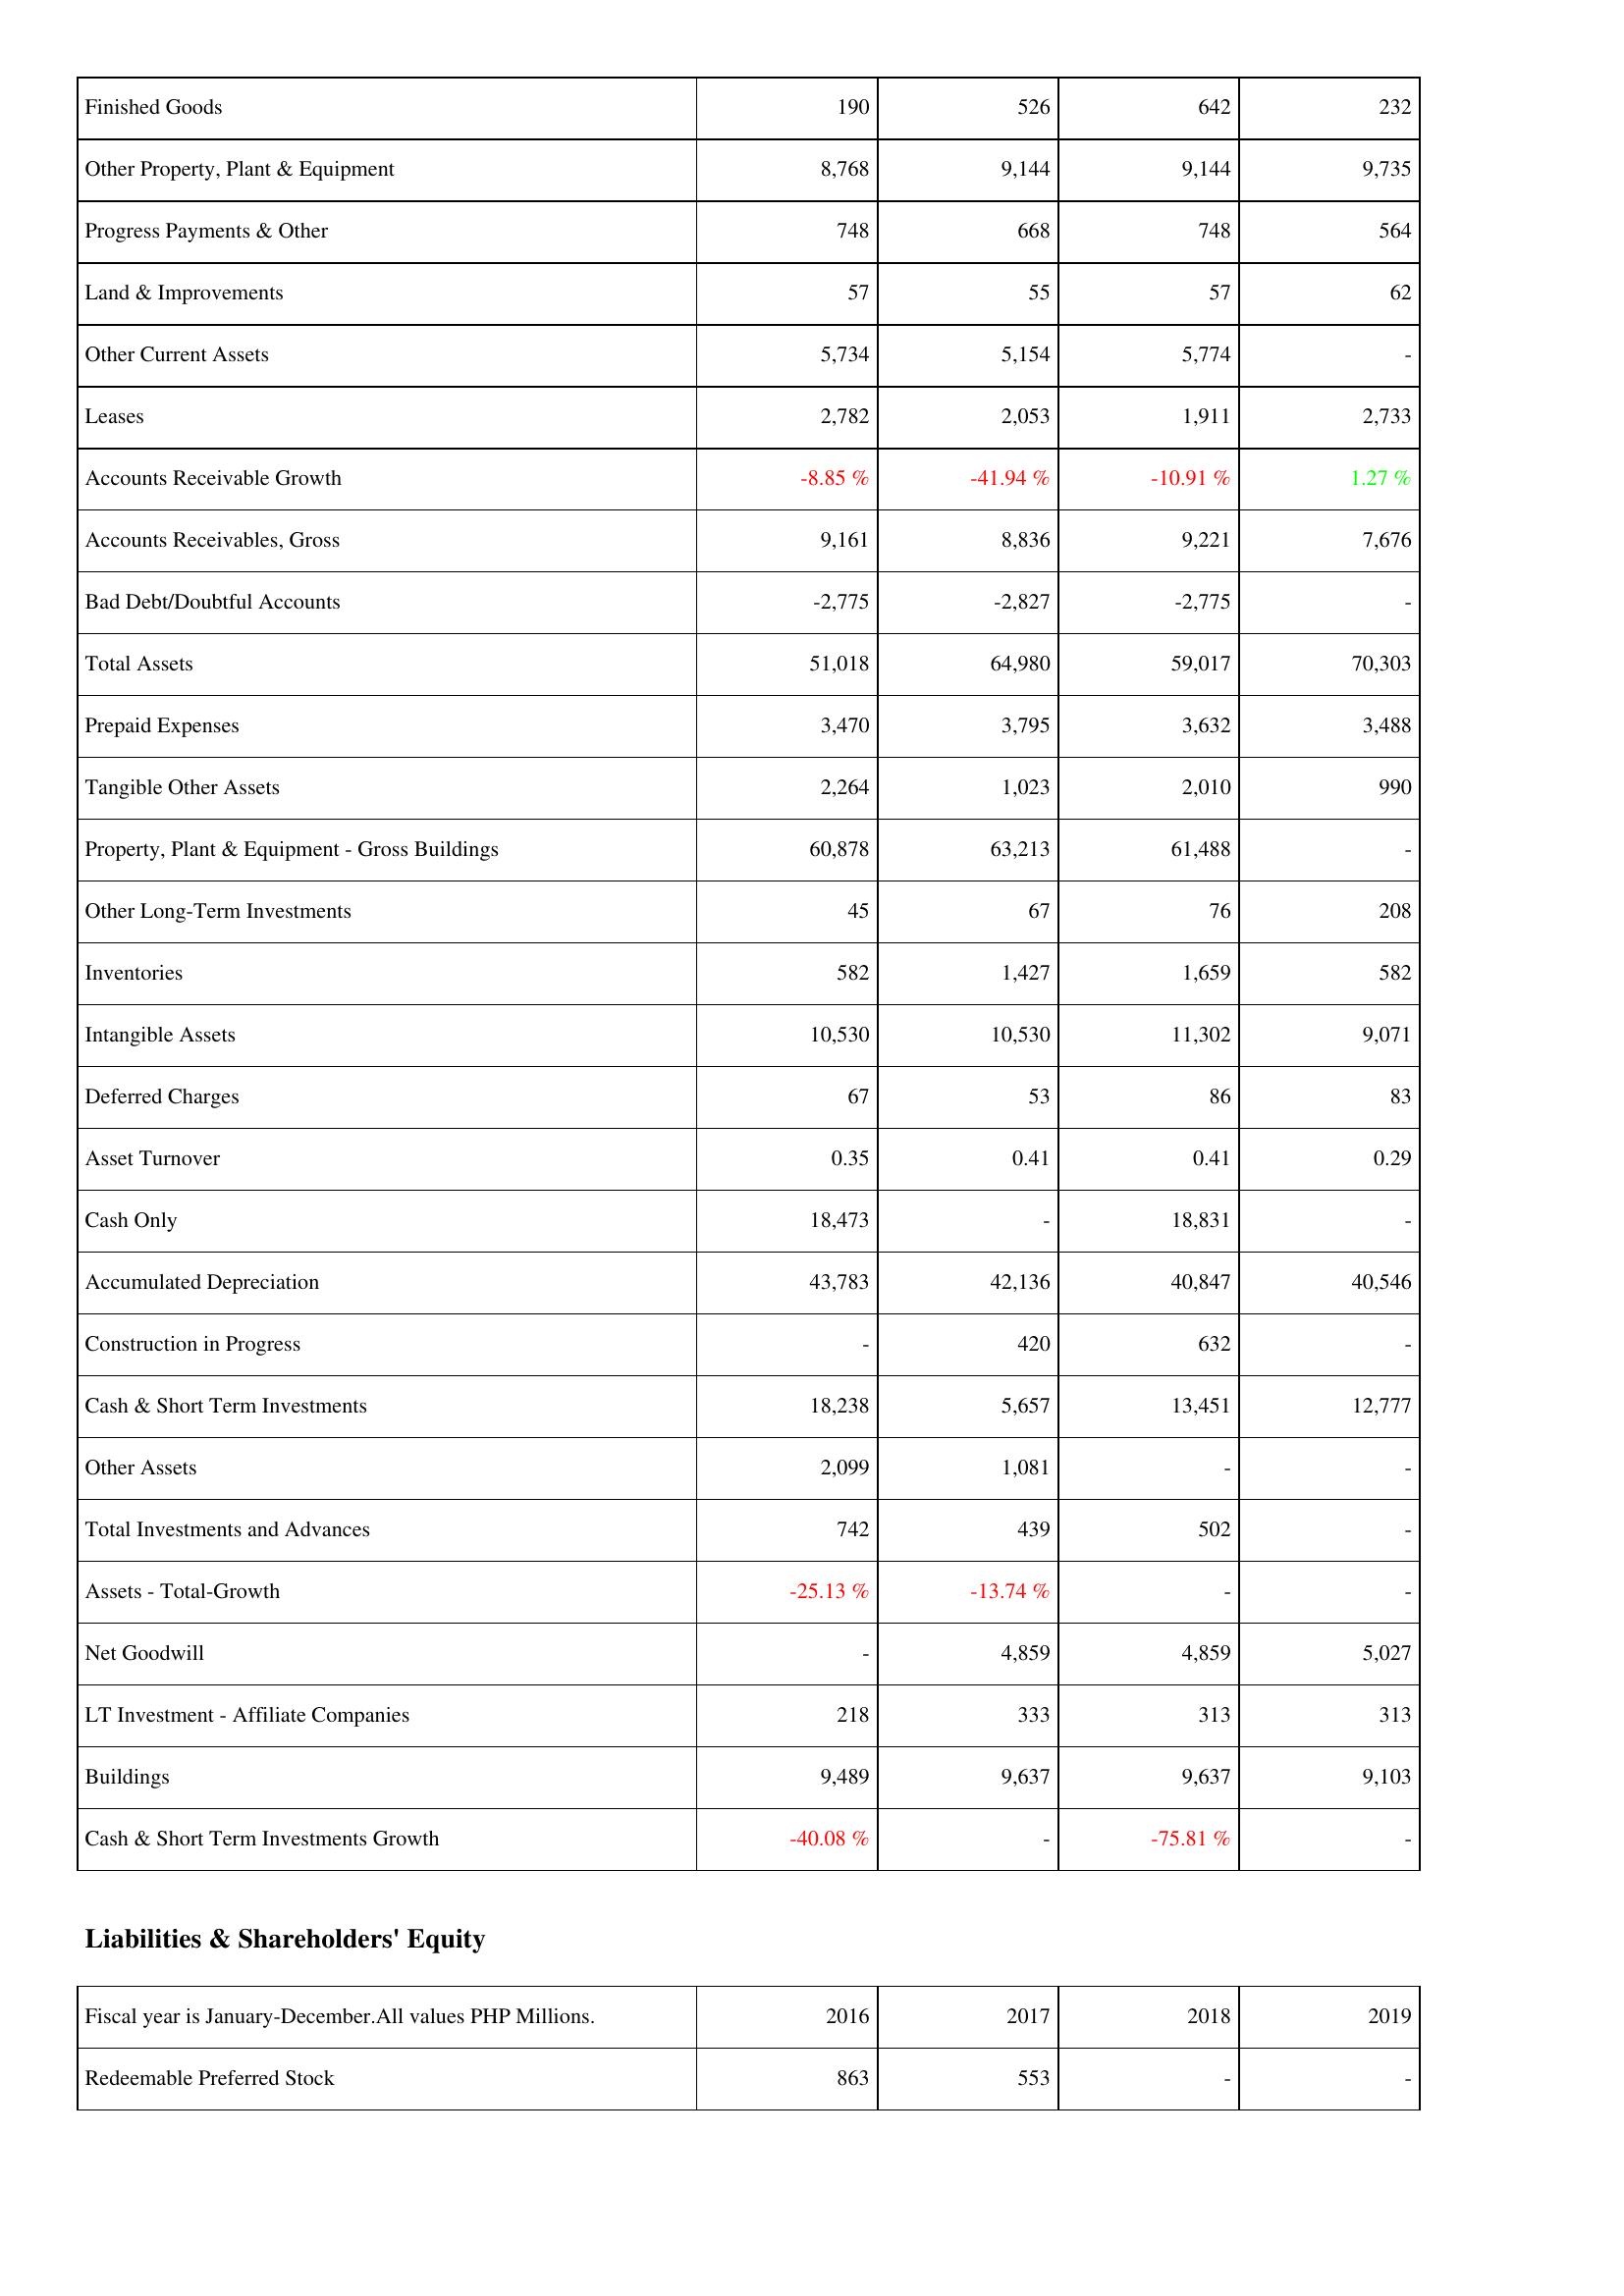
2016: Assets: Finished Goods: 190
Other Property, Plant & Equipment: 8,768
Progress Payments & Other: 748
Land & Improvements: 57
Other Current Assets: 5,734
Leases: 2,782
Accounts Receivable Growth: -8.85 %
Accounts Receivables, Gross: 9,161
Bad Debt/Doubtful Accounts: -2,775
Total Assets: 51,018
Prepaid Expenses: 3,470
Tangible Other Assets: 2,264
Property, Plant & Equipment - Gross Buildings: 60,878
Other Long-Term Investments: 45
Inventories: 582
Intangible Assets: 10,530
Deferred Charges: 67
Asset Turnover: 0.35
Cash Only: 18,473
Accumulated Depreciation: 43,783
Construction in Progress: -
Cash & Short Term Investments: 18,238
Other Assets: 2,099
Total Investments and Advances: 742
Assets - Total-Growth: -25.13 %
Net Goodwill: -
LT Investment - Affiliate Companies: 218
Buildings: 9,489
Cash & Short Term Investments Growth: -40.08 %
Liabilities & Shareholders' Equity: Redeemable Preferred Stock: 863
2017: Assets: Finished Goods: 526
Other Property, Plant & Equipment: 9,144
Progress Payments & Other: 668
Land & Improvements: 55
Other Current Assets: 5,154
Leases: 2,053
Accounts Receivable Growth: -41.94 %
Accounts Receivables, Gross: 8,836
Bad Debt/Doubtful Accounts: -2,827
Total Assets: 64,980
Prepaid Expenses: 3,795
Tangible Other Assets: 1,023
Property, Plant & Equipment - Gross Buildings: 63,213
Other Long-Term Investments: 67
Inventories: 1,427
Intangible Assets: 10,530
Deferred Charges: 53
Asset Turnover: 0.41
Cash Only: -
Accumulated Depreciation: 42,136
Construction in Progress: 420
Cash & Short Term Investments: 5,657
Other Assets: 1,081
Total Investments and Advances: 439
Assets - Total-Growth: -13.74 %
Net Goodwill: 4,859
LT Investment - Affiliate Companies: 333
Buildings: 9,637
Cash & Short Term Investments Growth: -
Liabilities & Shareholders' Equity: Redeemable Preferred Stock: 553
2018: Assets: Finished Goods: 642
Other Property, Plant & Equipment: 9,144
Progress Payments & Other: 748
Land & Improvements: 57
Other Current Assets: 5,774
Leases: 1,911
Accounts Receivable Growth: -10.91 %
Accounts Receivables, Gross: 9,221
Bad Debt/Doubtful Accounts: -2,775
Total Assets: 59,017
Prepaid Expenses: 3,632
Tangible Other Assets: 2,010
Property, Plant & Equipment - Gross Buildings: 61,488
Other Long-Term Investments: 76
Inventories: 1,659
Intangible Assets: 11,302
Deferred Charges: 86
Asset Turnover: 0.41
Cash Only: 18,831
Accumulated Depreciation: 40,847
Construction in Progress: 632
Cash & Short Term Investments: 13,451
Other Assets: -
Total Investments and Advances: 502
Assets - Total-Growth: -
Net Goodwill: 4,859
LT Investment - Affiliate Companies: 313
Buildings: 9,637
Cash & Short Term Investments Growth: -75.81 %
Liabilities & Shareholders' Equity: Redeemable Preferred Stock: -
2019: Assets: Finished Goods: 232
Other Property, Plant & Equipment: 9,735
Progress Payments & Other: 564
Land & Improvements: 62
Other Current Assets: -
Leases: 2,733
Accounts Receivable Growth: 1.27 %
Accounts Receivables, Gross: 7,676
Bad Debt/Doubtful Accounts: -
Total Assets: 70,303
Prepaid Expenses: 3,488
Tangible Other Assets: 990
Property, Plant & Equipment - Gross Buildings: -
Other Long-Term Investments: 208
Inventories: 582
Intangible Assets: 9,071
Deferred Charges: 83
Asset Turnover: 0.29
Cash Only: -
Accumulated Depreciation: 40,546
Construction in Progress: -
Cash & Short Term Investments: 12,777
Other Assets: -
Total Investments and Advances: -
Assets - Total-Growth: -
Net Goodwill: 5,027
LT Investment - Affiliate Companies: 313
Buildings: 9,103
Cash & Short Term Investments Growth: -
Liabilities & Shareholders' Equity: Redeemable Preferred Stock: -